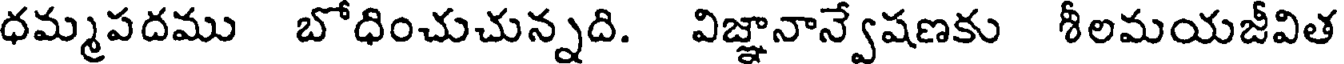
ధమ్మపదము బోధించుచున్నది. విజ్ఞానాన్వేషణకు శీలమయజీవిత